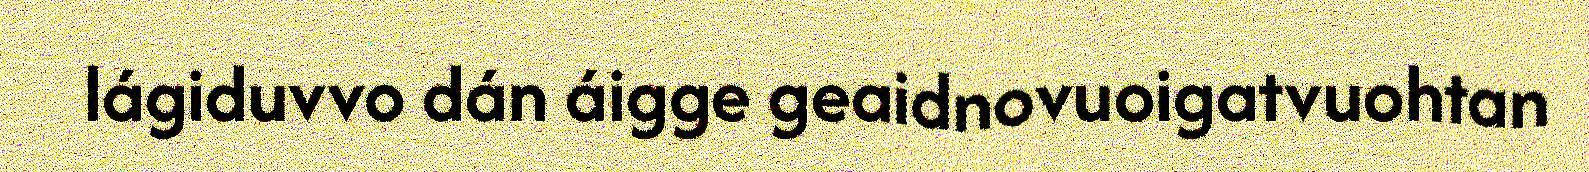
lágiduvvo dán áigge geaidnovuoigatvuohtan